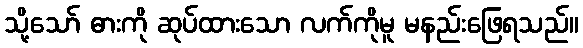
သို့သော် ဓားကို ဆုပ်ထားသော လက်ကိုမူ မနည်းဖြေရသည်။